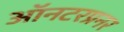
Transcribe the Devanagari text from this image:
ऑनटरप्रनर